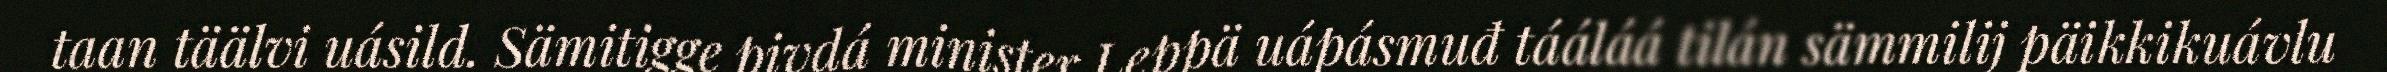
taan täälvi uásild. Sämitigge pivdá minister Leppä uápásmuđ tááláá tilán sämmilij päikkikuávlu